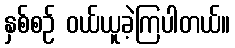
နှစ်စဉ် ဝယ်ယူခဲ့ကြပါတယ်။